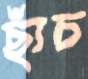
ছাঁচ